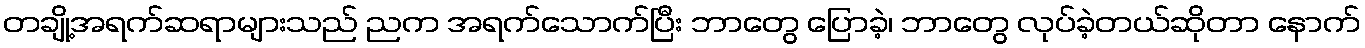
တချို့အရက်ဆရာများသည် ညက အရက်သောက်ပြီး ဘာတွေ ပြောခဲ့၊ ဘာတွေ လုပ်ခဲ့တယ်ဆိုတာ နောက်